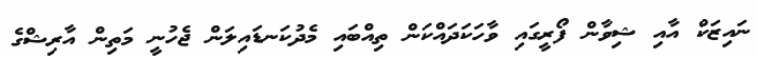
ނައިޒަކް އާއި ޝިވާން ފޯރީގައި ވާހަކަދައްކަން ތިއްބައި މެދުކަނޑައިލަން ޖެހުނީ މަތިން އާރިޝްގެ